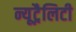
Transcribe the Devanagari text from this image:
न्यूट्रैलिटी